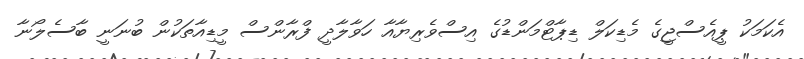
އެކަމަކު ޕީއެސްޖީގެ މެޑިކަލް ޑިޕާޓްމަންޑުގެ އިސްވެރިޔާއާ ހަވާލާދީ ފްރާންސް މީޑިއާތަކުން ބުނަނީ ބާސެލޯނާ